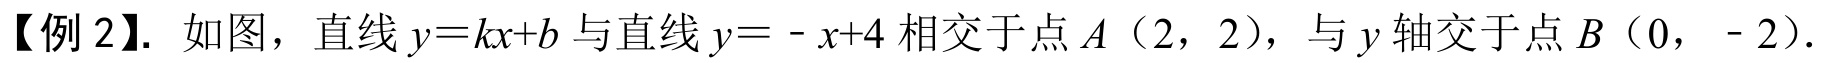
【例 2】. 如图，直线\(y = kx + b\)与直线\(y=-x + 4\)相交于点\(A\)（2，2），与\(y\)轴交于点\(B\)（0， - 2）.